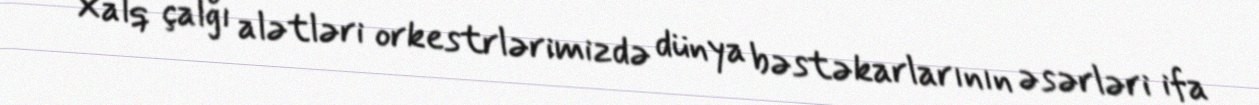
Xalq çalğı alətləri orkestrlərimizdə dünya bəstəkarlarının əsərləri ifa